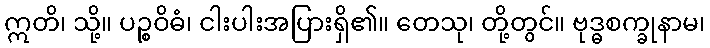
ဣတိ၊ သို့။ ပဉ္စဝိဓံ၊ ငါးပါးအပြားရှိ၏။ တေသု၊ တို့တွင်။ ဗုဒ္ဓစက္ခုနာမ၊